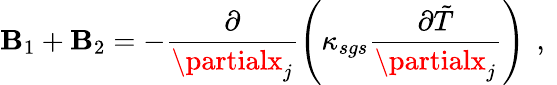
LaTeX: \mathbf{B}_{1}+\mathbf{B}_{2}=-\frac{{\partial}}{{\partialx_{j}}}\left(\kappa_{sgs}\frac{{\partial\tilde{{T}}}}{{\partialx_{j}}}\right)\, \mathrm{{~,~}}